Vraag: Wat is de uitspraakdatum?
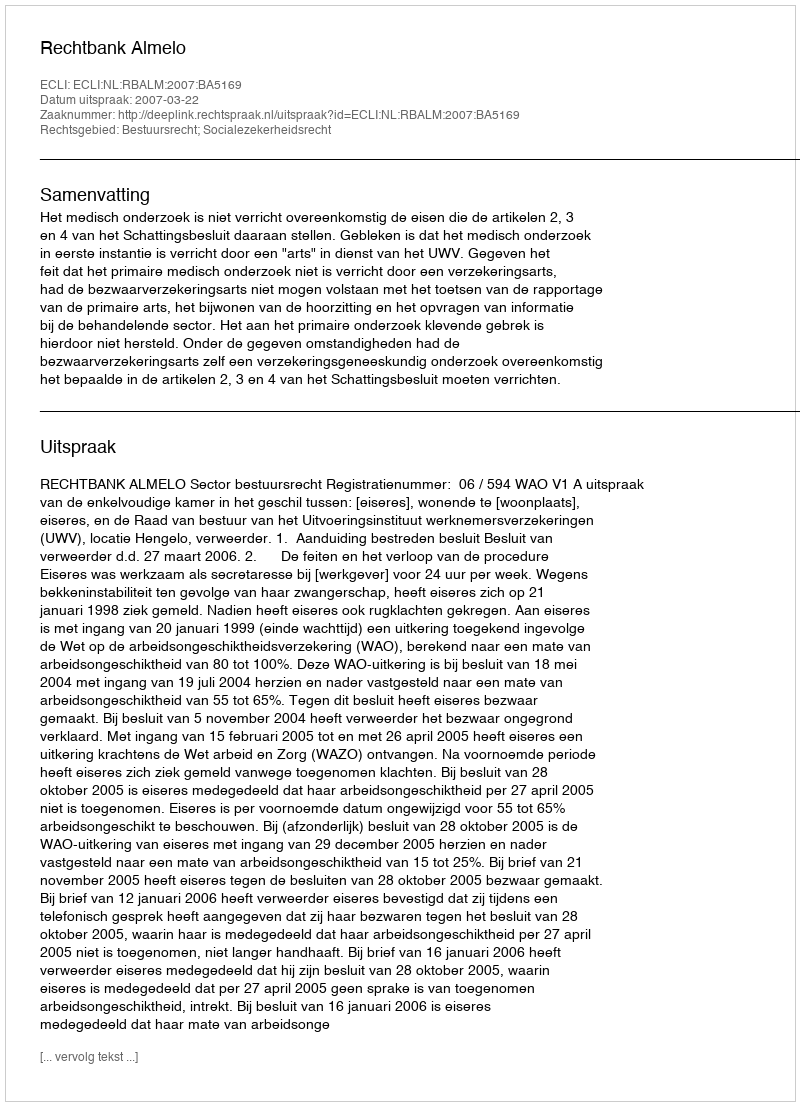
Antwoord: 2007-03-22